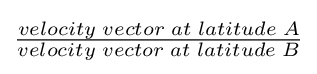
{\begin{matrix}{\frac {velocity\;vector\;at\;latitude\;A}{velocity\;vector\;at\;latitude\;B}}\end{matrix}}